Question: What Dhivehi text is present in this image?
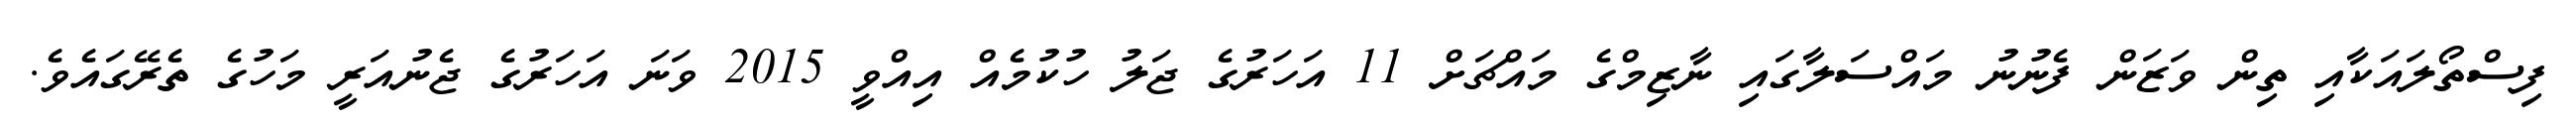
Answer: ފިސްތޯލައަކާއި ތިން ވަޒަން ފެނުނު މައްސަލާގައި ނާޒިމްގެ މައްޗަށް 11 އަހަރުގެ ޖަލު ހުކުމެއް އިއްވީ 2015 ވަނަ އަހަރުގެ ޖެނުއަރީ މަހުގެ ތެރޭގައެވެ.